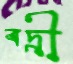
বদ্রী